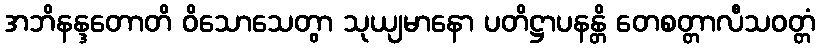
အဘိနန္ဒတောတိ ဝိသောသေတွာ သုယျမာနော ပတိဋ္ဌာပနန္တိ တေစတ္တာလီသဝတ္တံ